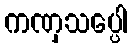
ကဏှသပ္ပေါ